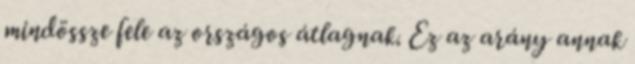
mindössze fele az országos átlagnak. Ez az arány annak